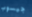
جيسوب